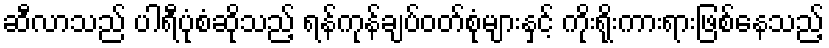
ဆီလာသည် ပါရီပုံစံဆိုသည့် ရန်ကုန်ချပ်ဝတ်စုံများနှင့် ကိုးရိုးကားရားဖြစ်နေသည့်